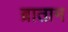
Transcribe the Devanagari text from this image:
ब्रातान